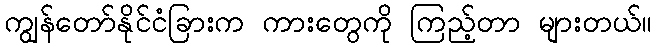
ကျွန်တော်နိုင်ငံခြားက ကားတွေကို ကြည့်တာ များတယ်။